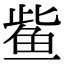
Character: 𫚖